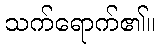
သက်ရောက်၏။